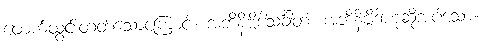
ဖောက်ထွင်းတတ်သောကြောင့်။ အဘိနိဗ္ဗိဒါသင်္ခါတံ၊ အဘိနိဗ္ဗိဒါဟုဆိုအပ်သော။